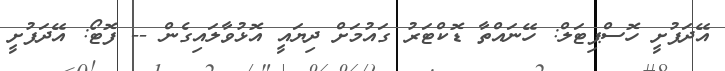
އޭދަފުށީ ހޮސްޕިޓަލް: ހޭނައްތާ ޑޮކްޓަރު ގައުމަށް ދިޔައީ އޮޅުވާލައިގެން -- ފޮޓޯ: އޭދަފުށީ